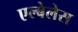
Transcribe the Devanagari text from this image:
एल्बेलेस